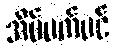
အိပ်မက်ပင်